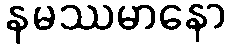
နမဿမာနော